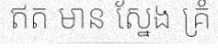
ឥត មាន ស្នែង គ្រំ